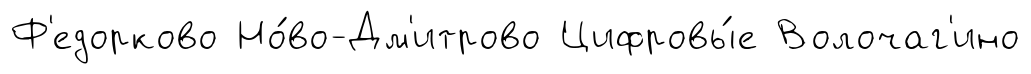
Ф'едорково Но́во-Дм'итрово Цифровы́е Волочаг'ино